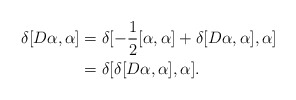
\begin{align*}\delta[D\alpha , \alpha ] &= \delta[ -\frac{1}{2}[\alpha,\alpha] + \delta[D\alpha,\alpha] , \alpha] \\&= \delta[ \delta[D\alpha , \alpha ] , \alpha ].\end{align*}